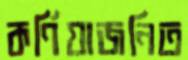
কর্ণিয়াজনিত